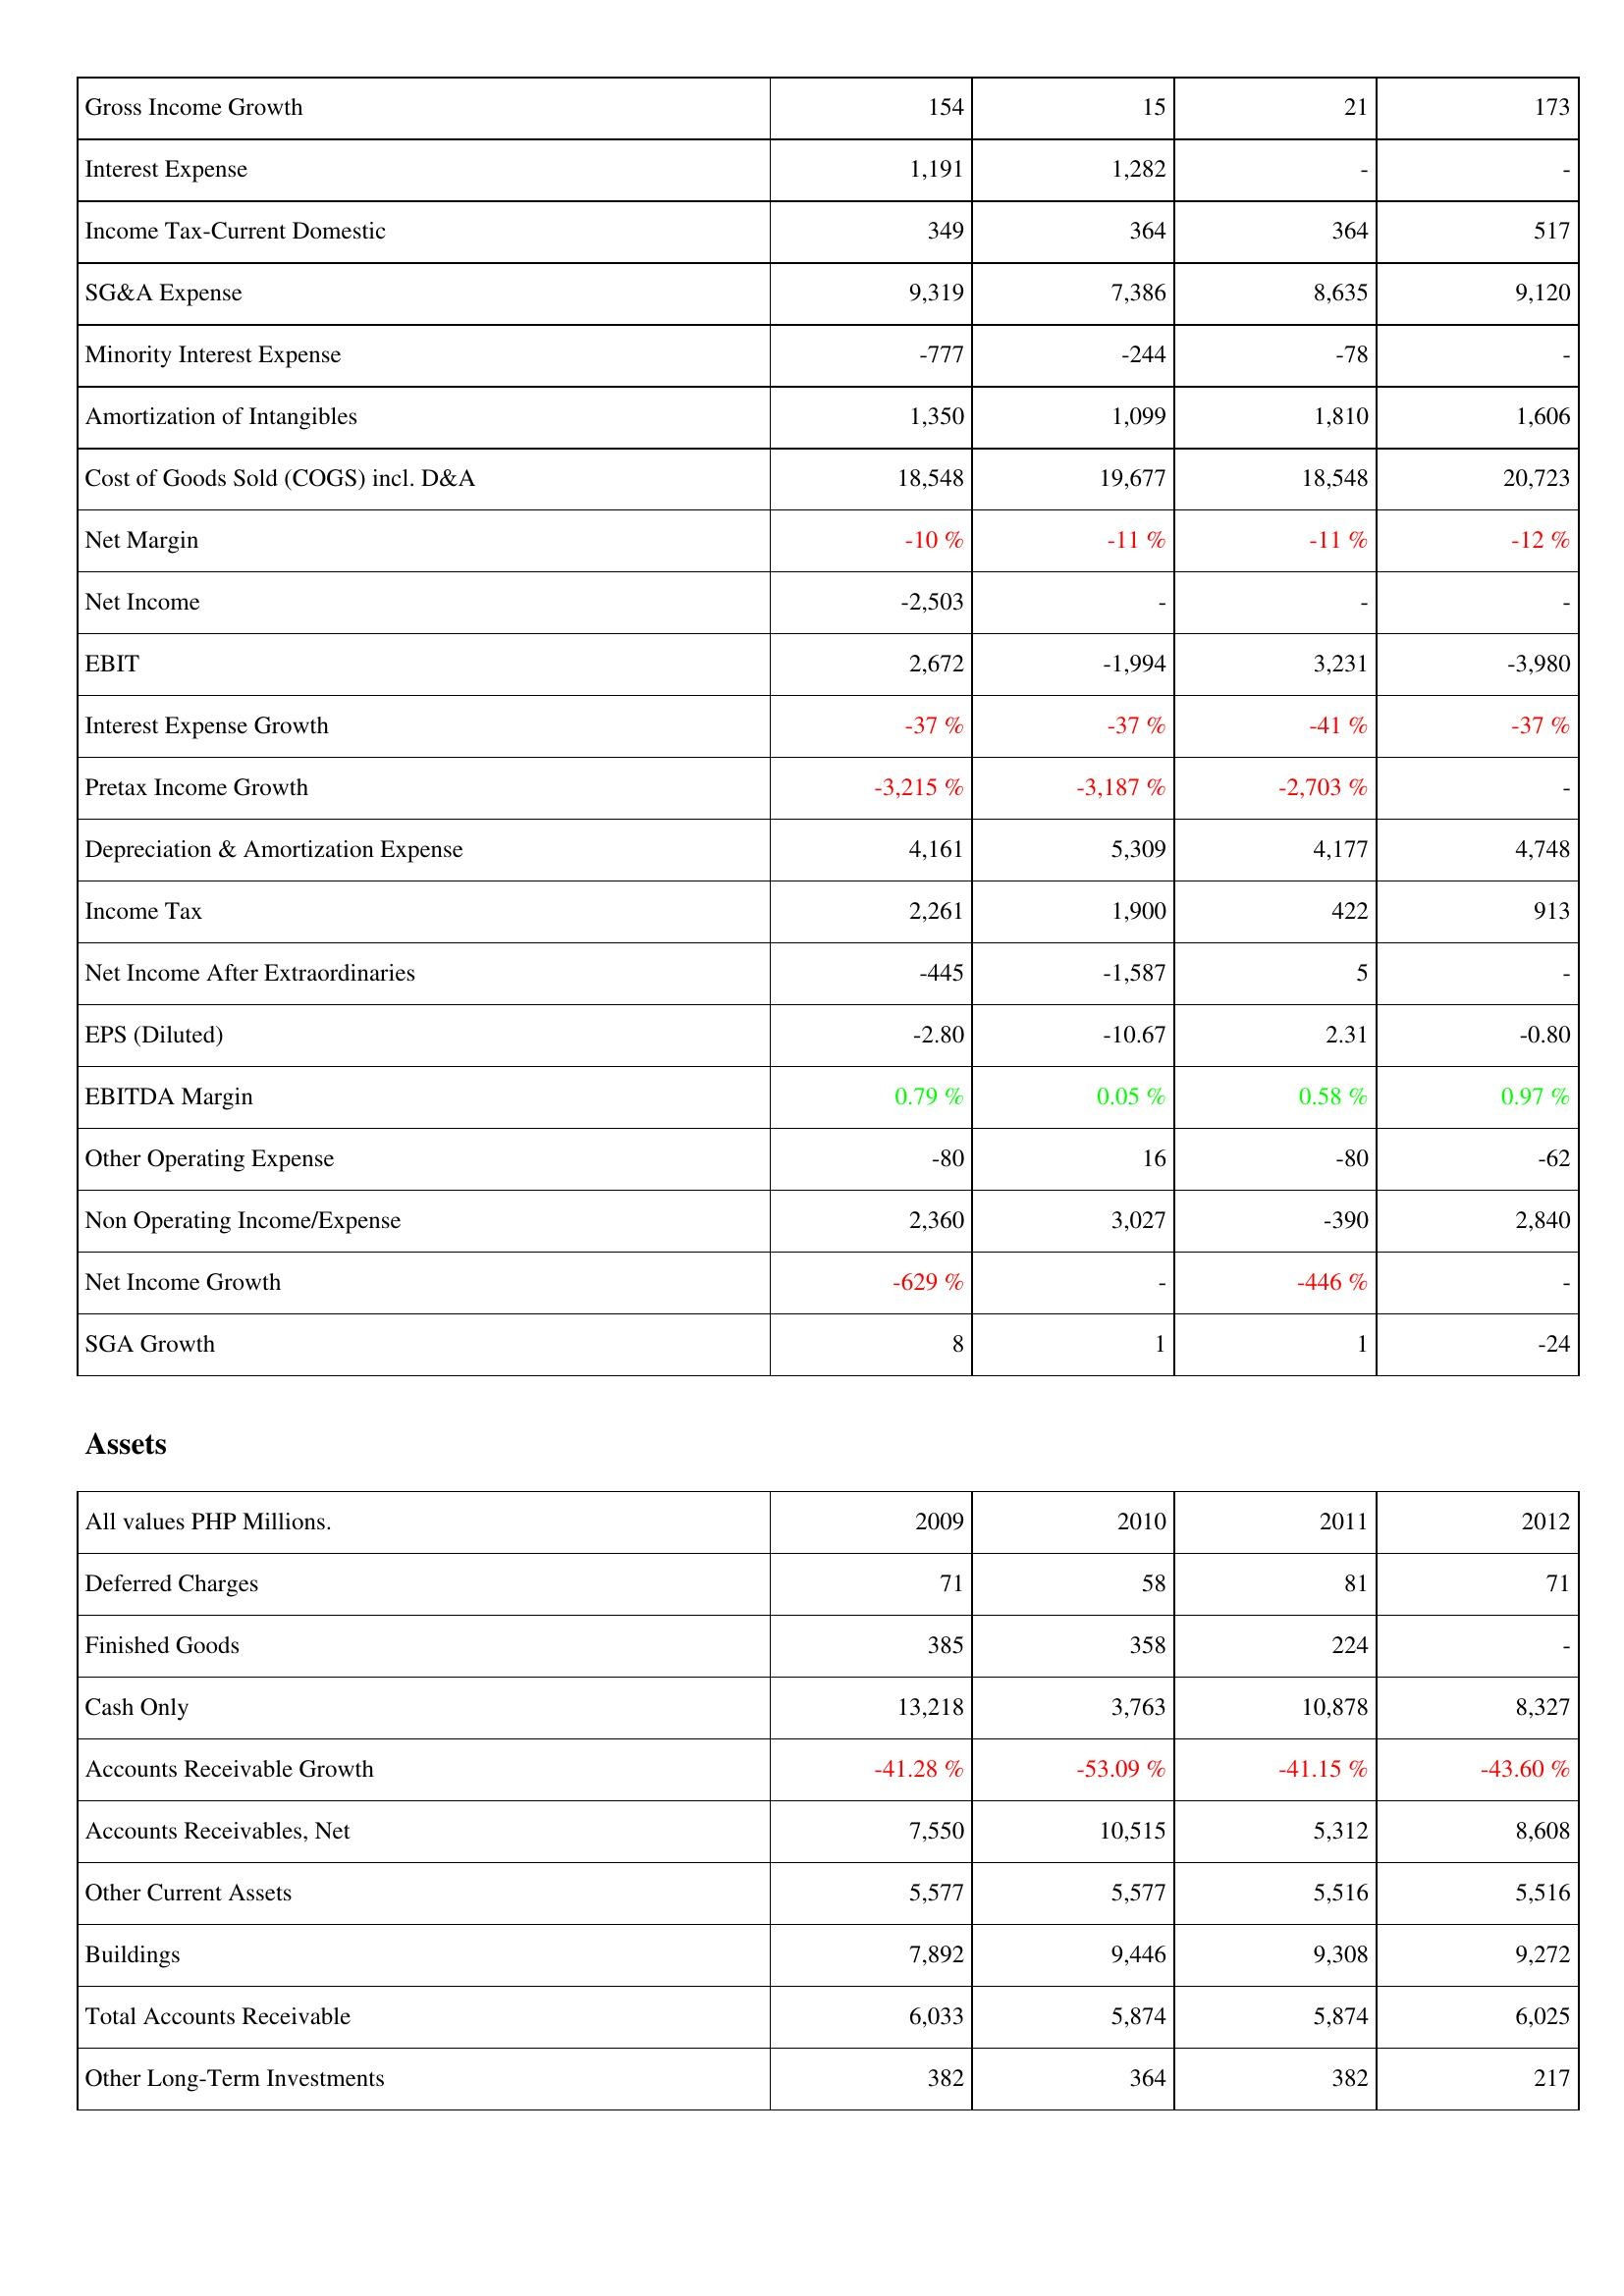
2009: Income Statement: Gross Income Growth: 154
Interest Expense: 1,191
Income Tax-Current Domestic: 349
SG&A Expense: 9,319
Minority Interest Expense: -777
Amortization of Intangibles: 1,350
Cost of Goods Sold (COGS) incl. D&A: 18,548
Net Margin: -10 %
Net Income: -2,503
EBIT: 2,672
Interest Expense Growth: -37 %
Pretax Income Growth: -3,215 %
Depreciation & Amortization Expense: 4,161
Income Tax: 2,261
Net Income After Extraordinaries: -445
EPS (Diluted): -2.80
EBITDA Margin: 0.79 %
Other Operating Expense: -80
Non Operating Income/Expense: 2,360
Net Income Growth: -629 %
SGA Growth: 8
Assets: Deferred Charges: 71
Finished Goods: 385
Cash Only: 13,218
Accounts Receivable Growth: -41.28 %
Accounts Receivables, Net: 7,550
Other Current Assets: 5,577
Buildings: 7,892
Total Accounts Receivable: 6,033
Other Long-Term Investments: 382
2010: Income Statement: Gross Income Growth: 15
Interest Expense: 1,282
Income Tax-Current Domestic: 364
SG&A Expense: 7,386
Minority Interest Expense: -244
Amortization of Intangibles: 1,099
Cost of Goods Sold (COGS) incl. D&A: 19,677
Net Margin: -11 %
Net Income: -
EBIT: -1,994
Interest Expense Growth: -37 %
Pretax Income Growth: -3,187 %
Depreciation & Amortization Expense: 5,309
Income Tax: 1,900
Net Income After Extraordinaries: -1,587
EPS (Diluted): -10.67
EBITDA Margin: 0.05 %
Other Operating Expense: 16
Non Operating Income/Expense: 3,027
Net Income Growth: -
SGA Growth: 1
Assets: Deferred Charges: 58
Finished Goods: 358
Cash Only: 3,763
Accounts Receivable Growth: -53.09 %
Accounts Receivables, Net: 10,515
Other Current Assets: 5,577
Buildings: 9,446
Total Accounts Receivable: 5,874
Other Long-Term Investments: 364
2011: Income Statement: Gross Income Growth: 21
Interest Expense: -
Income Tax-Current Domestic: 364
SG&A Expense: 8,635
Minority Interest Expense: -78
Amortization of Intangibles: 1,810
Cost of Goods Sold (COGS) incl. D&A: 18,548
Net Margin: -11 %
Net Income: -
EBIT: 3,231
Interest Expense Growth: -41 %
Pretax Income Growth: -2,703 %
Depreciation & Amortization Expense: 4,177
Income Tax: 422
Net Income After Extraordinaries: 5
EPS (Diluted): 2.31
EBITDA Margin: 0.58 %
Other Operating Expense: -80
Non Operating Income/Expense: -390
Net Income Growth: -446 %
SGA Growth: 1
Assets: Deferred Charges: 81
Finished Goods: 224
Cash Only: 10,878
Accounts Receivable Growth: -41.15 %
Accounts Receivables, Net: 5,312
Other Current Assets: 5,516
Buildings: 9,308
Total Accounts Receivable: 5,874
Other Long-Term Investments: 382
2012: Income Statement: Gross Income Growth: 173
Interest Expense: -
Income Tax-Current Domestic: 517
SG&A Expense: 9,120
Minority Interest Expense: -
Amortization of Intangibles: 1,606
Cost of Goods Sold (COGS) incl. D&A: 20,723
Net Margin: -12 %
Net Income: -
EBIT: -3,980
Interest Expense Growth: -37 %
Pretax Income Growth: -
Depreciation & Amortization Expense: 4,748
Income Tax: 913
Net Income After Extraordinaries: -
EPS (Diluted): -0.80
EBITDA Margin: 0.97 %
Other Operating Expense: -62
Non Operating Income/Expense: 2,840
Net Income Growth: -
SGA Growth: -24
Assets: Deferred Charges: 71
Finished Goods: -
Cash Only: 8,327
Accounts Receivable Growth: -43.60 %
Accounts Receivables, Net: 8,608
Other Current Assets: 5,516
Buildings: 9,272
Total Accounts Receivable: 6,025
Other Long-Term Investments: 217